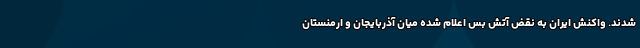
شدند. واکنش ایران به نقض آتش بس اعلام شده میان آذربایجان و ارمنستان